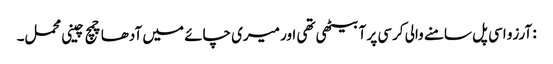
: آرزو اسی پل سامنے والی کرسی پر آ بیٹھی تھی اور میری چائے میں آدھا چمچ چینی محمل۔